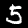
Digit: 5